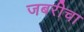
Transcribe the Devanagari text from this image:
जबरीचा